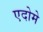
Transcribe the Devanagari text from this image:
एदोमे